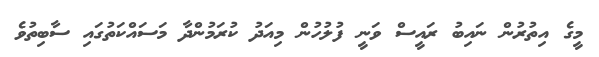
މީގެ އިތުރުން ނައިބު ރައީސް ވަނީ ފުލުހުން މިއަދު ކުރަމުންދާ މަސައްކަތުގައި ސާބިތުވެ